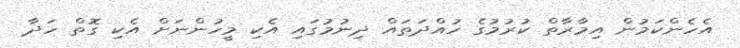
އެހެންކަމުން އިމާރާތް ކުރުމުގެ ހުއްދަތައް ދިނުމުގައި އެކި މީހުންނަށް އެކި ގޮތް ހަދާ